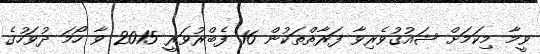
ވީމާ މިކަމަށް ޝައުޤުވެރިވާ ފަރާތްތަކުން 16 ފެބްރުވަރީ 2015 ވާ ހޯމަ ދުވަހުގެ